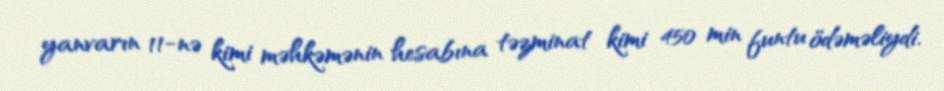
yanvarın 11-nə kimi məhkəmənin hesabına təzminat kimi 450 min funtu ödəməliydi.